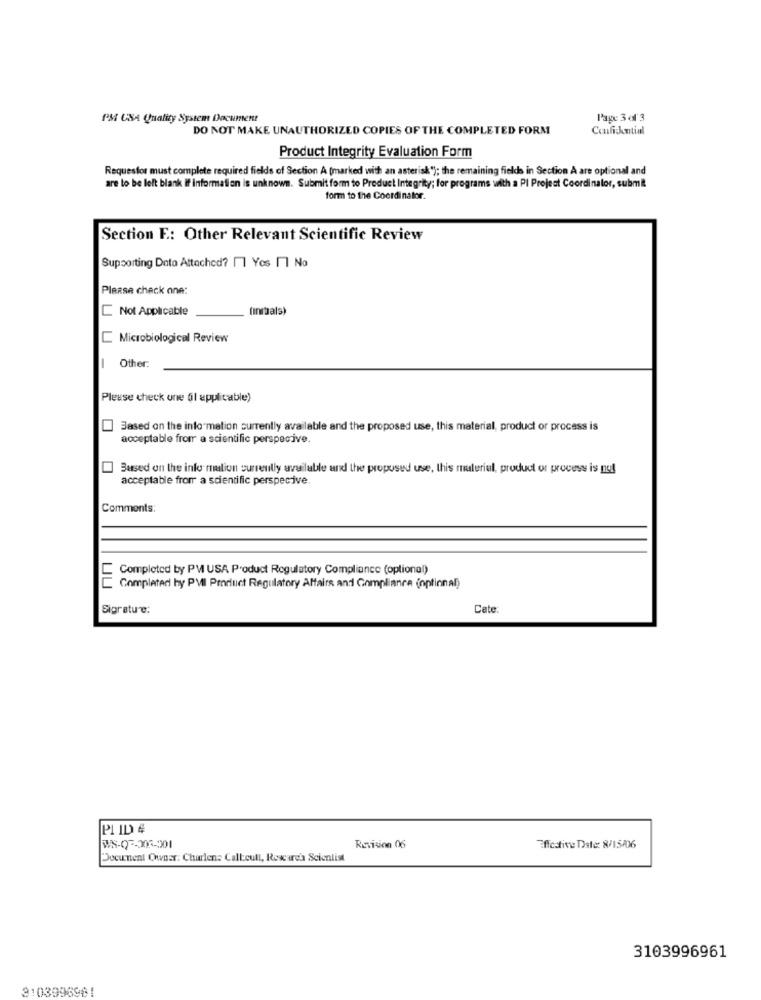
PM USA Quality System Document
l'age 3 of 3
DO NOT MAKE UNAUTHORIZED COPIES OF THE COMPLETED FORM
Confickntial
Product Integrity Evaluation Form
Requestor must complete required fields of Section A (marked with an asterisk"); the remaining fields in Section À are optional and
are to be left blank If information is unknown. Submit form to Product Integrity; for programs with a PI Project Coordinator, submit
form to the Coordinator.
Section F .: Other Relevant Scientific Review
Supporting Data Attached? 11 Yos 1 Na
Please check one:
Not Applicable
(initals)
Microbiological Review
-
Other:
Please check one (l applicable)
Based on the info mation currently available and the proposed use, this material, product or process is
acceptable from a scientific perspective.
Based on the info mation currently available and the proposed use, this material, product or process is nu!
acceptable from a scientific perspective.
Comments:
Completed by PM USA Product Regulatory Compliance (optional)
Completed hy PVII Pmrluct Regulatory Affairs and Compliance (optional)
Sigratue:
Cate:
PI ID #
WS-07-205-201
Revision 06
Effective Date: 8/15/06
Document Owner: Charlene Calleull, Research Scientist
3103996961
3103996961